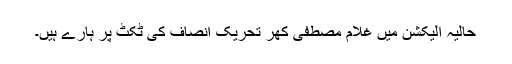
حالیہ الیکشن میں غلام مصطفی کھر تحریک انصاف کی ٹکٹ پر ہارے ہیں۔